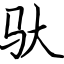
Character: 驮